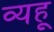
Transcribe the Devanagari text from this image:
व्यहू